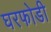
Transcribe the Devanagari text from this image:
घरफोडी